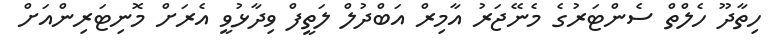
ހިތާދޫ ހެލްތް ސެންޓަރުގެ މެނޭޖަރު އާމިރް އަބްދުލް ލަތީފް ވިދާޅުވީ އެރަށް މޮނިޓަރިންއަށް